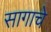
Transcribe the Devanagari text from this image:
सागाचे